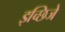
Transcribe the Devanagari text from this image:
इच्छिजे